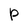
Character: P